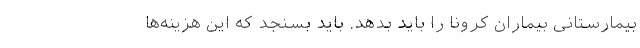
بیمارستانی بیماران کرونا را باید بدهد. باید بسنجد که این هزینه‌ها